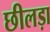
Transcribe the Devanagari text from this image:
छीलड़ा